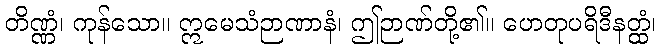
တိဏ္ဏံ၊ ကုန်သော။ ဣမေသံဉာဏာနံ၊ ဤဉာဏ်တို့၏။ ဟေတုပရိဒီနတ္ထံ၊